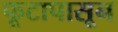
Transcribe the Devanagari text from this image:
फूटापासून